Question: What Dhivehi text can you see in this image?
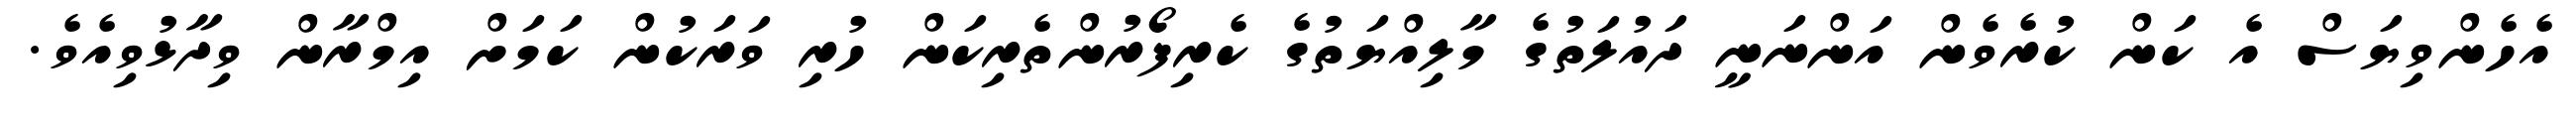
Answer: އެހެންވިޔަސް އެ ކަން ކުރެވެން އަންނަނީ ދައުލަތުގެ މާލިއްޔަތުގެ ކެރިފޯރުންތެރިކަން ހުރި ވަރަކުން ކަމަށް އިމްރާން ވިދާޅުވިއެވެ.